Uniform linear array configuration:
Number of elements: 48
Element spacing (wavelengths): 0.5
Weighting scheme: hamming
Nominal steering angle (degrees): -60
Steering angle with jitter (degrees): -59.005
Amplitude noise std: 0.05
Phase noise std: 0.05

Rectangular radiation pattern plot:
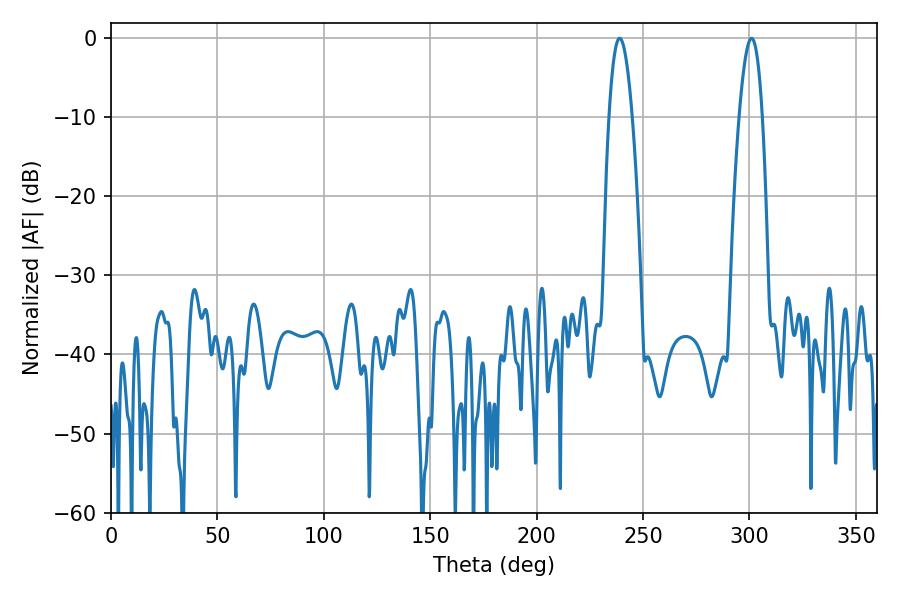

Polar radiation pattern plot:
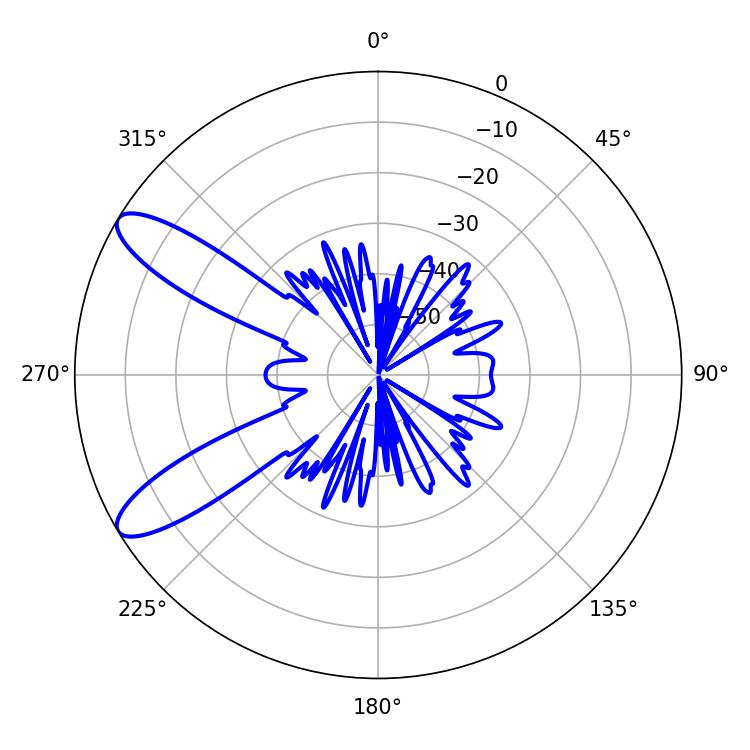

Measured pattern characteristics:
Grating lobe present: FALSE
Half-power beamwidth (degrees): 5.94
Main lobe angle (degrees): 239.04